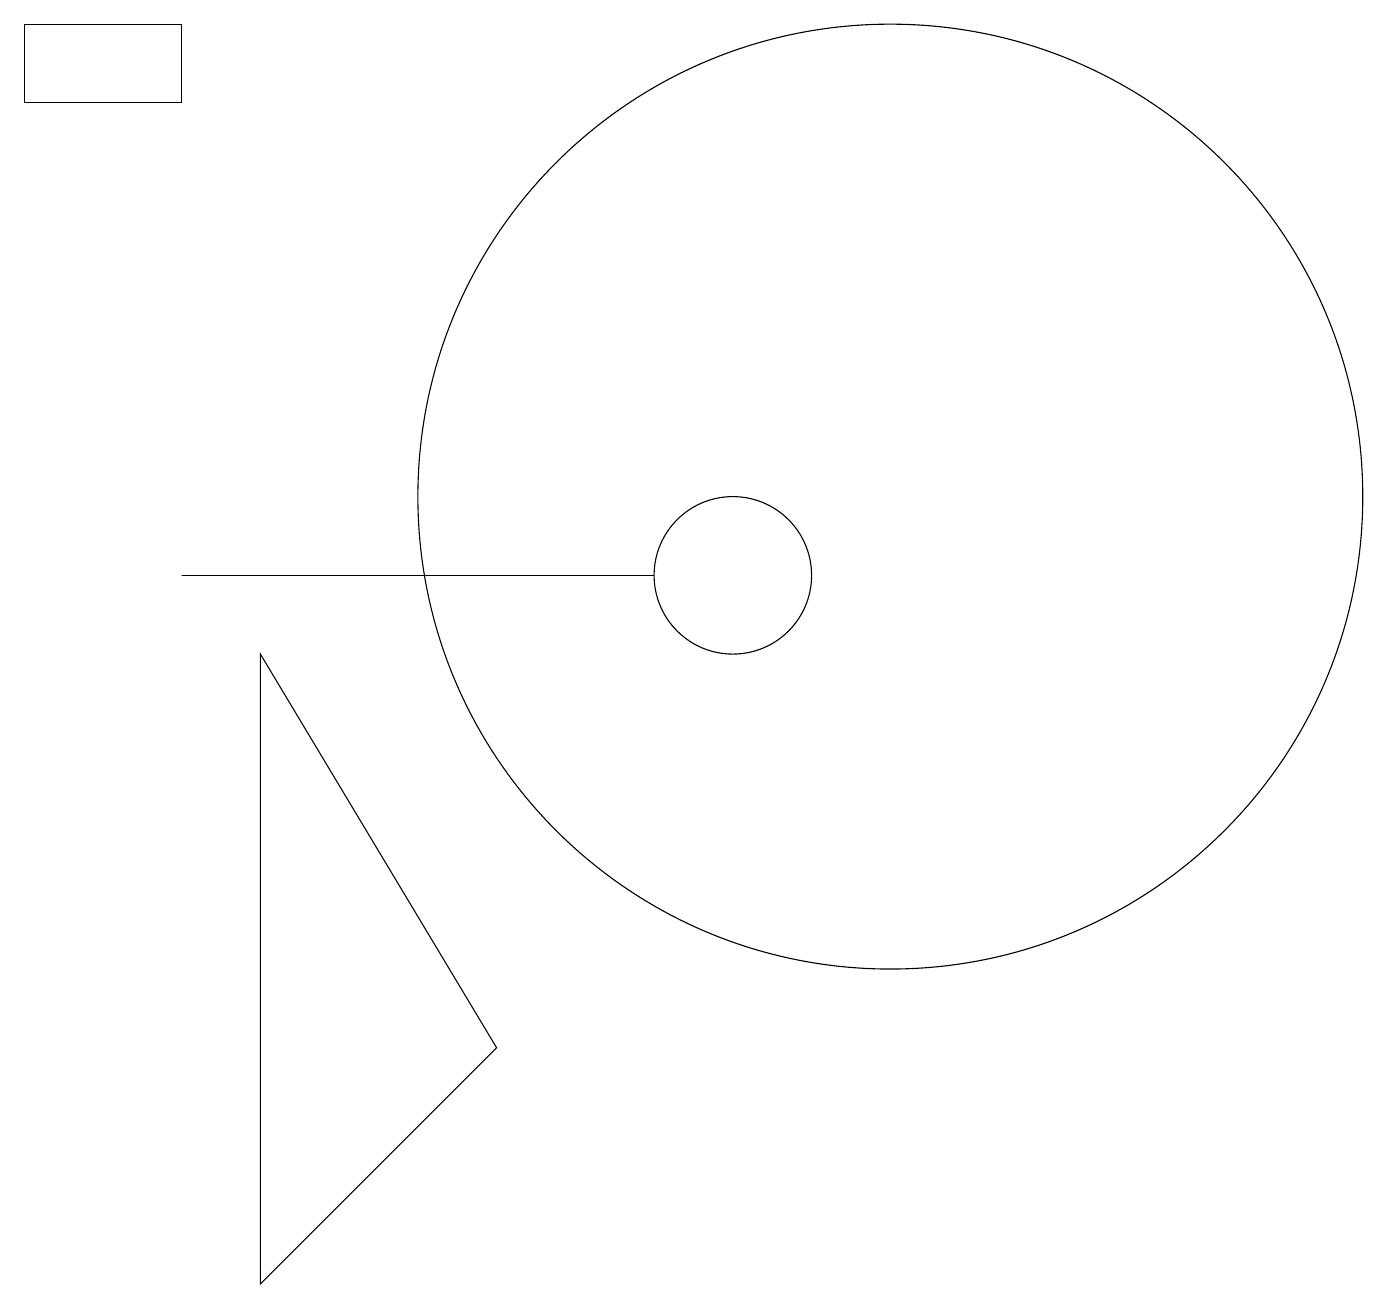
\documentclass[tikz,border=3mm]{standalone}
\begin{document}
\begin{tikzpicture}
\draw (10,10) circle (1);
\draw (9,10) rectangle (3,10);
\draw (12,11) circle (6);
\draw (4,9) -- (4,1) -- (7,4) -- cycle;
\draw (1,17) rectangle (3,16);
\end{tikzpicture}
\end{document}